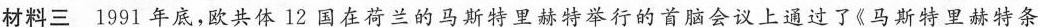
材料三 1991年底，欧共体12国在荷兰的马斯特里赫特举行的首脑会议上通过了《马斯特里赫特条